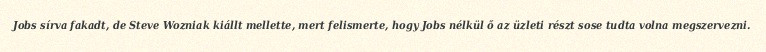
Jobs sírva fakadt, de Steve Wozniak kiállt mellette, mert felismerte, hogy Jobs nélkül ő az üzleti részt sose tudta volna megszervezni.